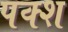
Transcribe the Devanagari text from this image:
पक्श